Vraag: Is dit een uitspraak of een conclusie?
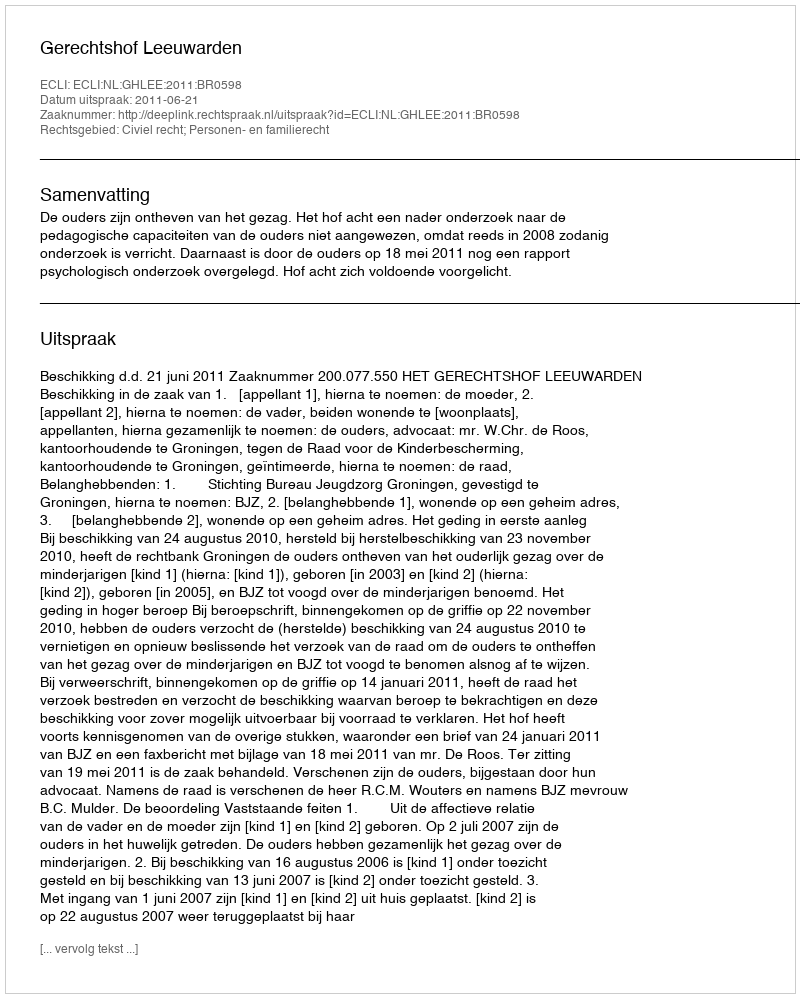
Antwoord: Uitspraak